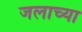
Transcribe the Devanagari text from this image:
जलाच्या